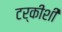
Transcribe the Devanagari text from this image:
टर्कीशी